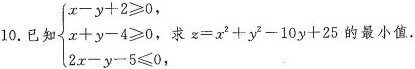
10.已知$$\begin{cases} x-y+2 \geqslant 0, \\\\ x+y-4 \geqslant 0, \\\\ 2x-y-5 \leqslant 0 \end{cases}$$求$$z=x^{2}+y^{2}-10y+25$$的最小值。